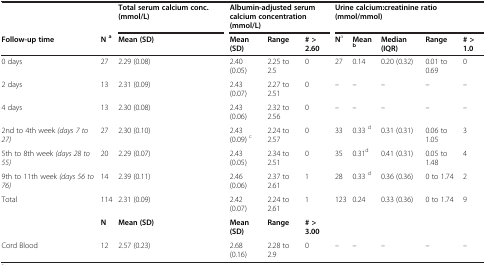
|  |  | Total serum calcium conc. (mmol/L) | <COLSPAN=3> Albumin-adjusted serum calcium concentration (mmol/L) | <COLSPAN=5> Urine calcium:creatinine ratio (mmol/mmol) |
 | Follow-up time | Na | Mean (SD) | Mean (SD) | Range | # > 2.60 | Na | Meanb | Median (IQR) | Range | # > 1.0 |
 | --- | --- | --- | --- | --- | --- | --- | --- | --- | --- | --- |
 | 0 days | 27 | 2.29 (0.08) | 2.40 (0.05) | 2.25 to 2.5 | 0 | 27 | 0.14 | 0.20 (0.32) | 0.01 to 0.69 | 0 |
 | 2 days | 13 | 2.31 (0.09) | 2.43 (0.07) | 2.27 to 2.51 | 0 | – | – | – | – | – |
 | 4 days | 13 | 2.30 (0.08) | 2.43 (0.06) | 2.32 to 2.56 | 0 | – | – | – | – | – |
 | 2nd to 4th week (days 7 to 27) | 27 | 2.30 (0.10) | 2.43 (0.09) c | 2.24 to 2.57 | 0 | 33 | 0.33 d | 0.31 (0.31) | 0.06 to 1.05 | 3 |
 | 5th to 8th week (days 28 to 55) | 20 | 2.29 (0.07) | 2.43 (0.05) | 2.34 to 2.51 | 0 | 35 | 0.31d | 0.41 (0.31) | 0.05 to 1.48 | 4 |
 | 9th to 11th week (days 56 to 76) | 14 | 2.39 (0.11) | 2.46 (0.06) | 2.37 to 2.61 | 1 | 28 | 0.33 d | 0.36 (0.36) | 0 to 1.74 | 2 |
 | Total | 114 | 2.31 (0.09) | 2.42 (0.07) | 2.24 to 2.61 | 1 | 123 | 0.24 | 0.33 (0.36) | 0 to 1.74 | 9 |
 |  | N | Mean (SD) | Mean (SD) | Range | # > 3.00 |  |  |  |  |  |
 | Cord Blood | 12 | 2.57 (0.23) | 2.68 (0.16) | 2.28 to 2.9 | 0 | – | – | – | – | – |